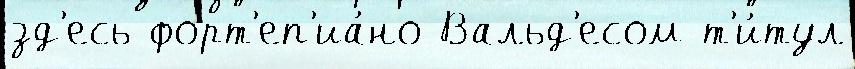
зд'есь форт'еп'иа́но Вальд'есом т'и́тул